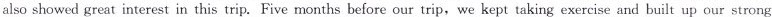
also showed great interest in this trip.Five months before our trip，we kept taking exercise and built up our strong